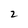
Character: 2